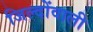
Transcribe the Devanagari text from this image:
जिल्दोंवाली